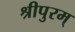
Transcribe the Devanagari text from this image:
श्रीपुरम्